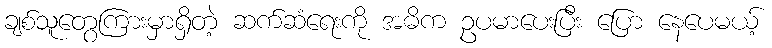
ချစ်သူတွေကြားမှာရှိတဲ့ ဆက်ဆံရေးကို အဓိက ဥပမာပေးပြီး ပြော နေပေမယ့်